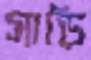
সাড়ি